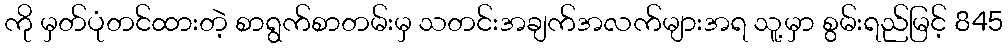
ကို မှတ်ပုံတင်ထားတဲ့ စာရွက်စာတမ်းမှ သတင်းအချက်အလက်များအရ သူ့မှာ စွမ်းရည်မြင့် 845